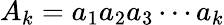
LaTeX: A_{k}=a_{1}a_{2}a_{3}\cdots a_{k}